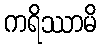
ကရိဿာမိ